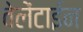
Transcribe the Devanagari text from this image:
वेलेंटाईन